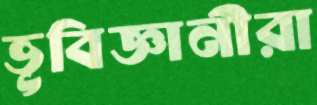
ভূবিজ্ঞানীরা